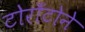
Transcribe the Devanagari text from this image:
टोराँटोने